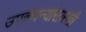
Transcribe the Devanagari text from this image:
उपकंपन्यांसारखी